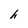
Character: h